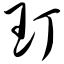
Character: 玎